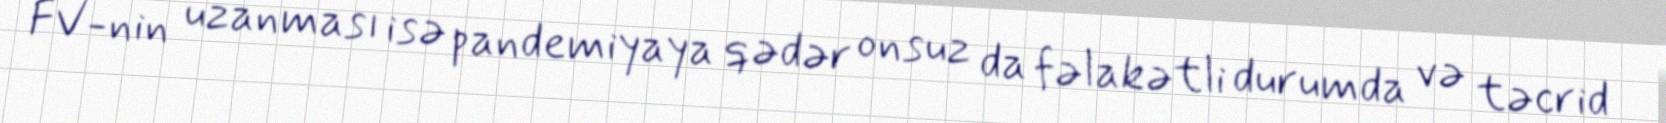
FV-nin uzanması isə pandemiyaya qədər onsuz da fəlakətli durumda və təcrid